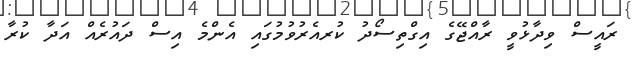
ރައީސް ވިދާޅުވީ ރާއްޖޭގެ އިގްތިސޯދު ކުރއެރުވުމުގައި އެންމެ އިސް ދައުރެއް އަދާ ކުރާ